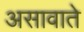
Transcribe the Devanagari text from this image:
असावाते